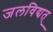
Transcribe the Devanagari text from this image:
जलविद्यत्